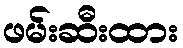
ဖမ်းဆီးထား